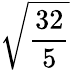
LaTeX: \sqrt{\frac{32}{5}}